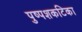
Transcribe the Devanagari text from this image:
पुष्पशकटिका